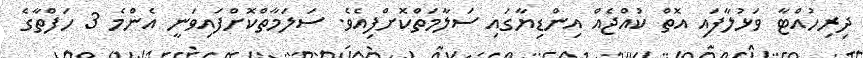
ދިރިހުއްޓާ ވަޅުލާފައި އޮތް ކުއްޖެއް އިންޑިޔާގައި ސަލާމަތްކޮށްފިއެވެ. ސަލަމާތްކޮށްފައިވަނީ އެންމެ 3 ހަފްތާގެ